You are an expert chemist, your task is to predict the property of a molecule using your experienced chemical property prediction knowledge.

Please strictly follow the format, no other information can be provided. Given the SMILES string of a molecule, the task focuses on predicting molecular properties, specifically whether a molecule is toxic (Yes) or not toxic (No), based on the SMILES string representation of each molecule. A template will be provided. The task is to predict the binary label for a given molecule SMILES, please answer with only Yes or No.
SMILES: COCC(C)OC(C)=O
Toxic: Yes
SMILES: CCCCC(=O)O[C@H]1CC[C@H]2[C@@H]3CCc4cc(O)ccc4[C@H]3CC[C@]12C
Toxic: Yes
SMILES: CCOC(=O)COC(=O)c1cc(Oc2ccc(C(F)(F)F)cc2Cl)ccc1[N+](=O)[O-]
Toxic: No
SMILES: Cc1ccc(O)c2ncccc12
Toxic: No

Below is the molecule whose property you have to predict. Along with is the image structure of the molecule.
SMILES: COC(=O)[C@]1(C)CCC[C@]2(C)[C@H]3CCC(C(C)C)=CC3=CC[C@@H]12
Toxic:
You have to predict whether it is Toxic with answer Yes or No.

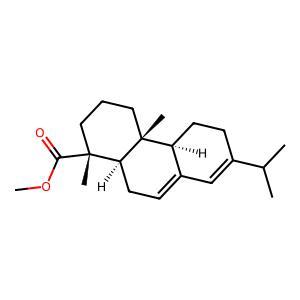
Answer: No